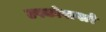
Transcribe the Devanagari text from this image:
उपकोषागारे